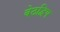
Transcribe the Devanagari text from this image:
वेठद्विप